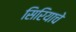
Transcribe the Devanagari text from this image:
सिरियाचे